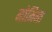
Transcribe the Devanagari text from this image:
मोमिना